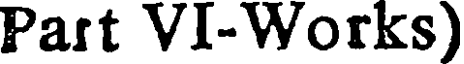
Part VI-Works)